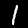
Digit: 1